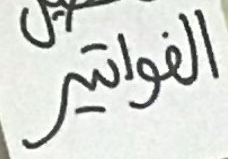
الفواتير